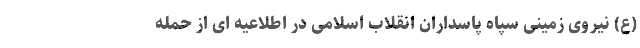
(ع) نیروی زمینی سپاه پاسداران انقلاب اسلامی در اطلاعیه ای از حمله